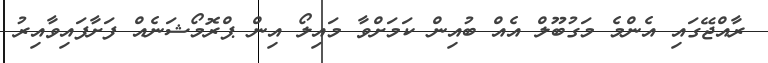
ރާއްޖޭގައި އެންމެ މަގުބޫލް އެއް ބުއިން ކަމަށްވާ މައިލޯ އިން ޕްރޮމޯޝަނެއް ފަށާފައިވާއިރު